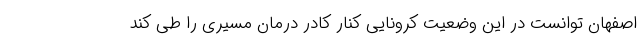
اصفهان توانست در این وضعیت کرونایی کنار کادر درمان مسیری را طی کند